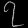
Digit: ၇